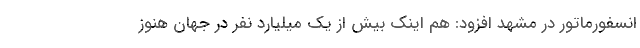
انسفورماتور در مشهد افزود: هم اینک بیش از یک میلیارد نفر در جهان هنوز